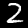
Digit: 2